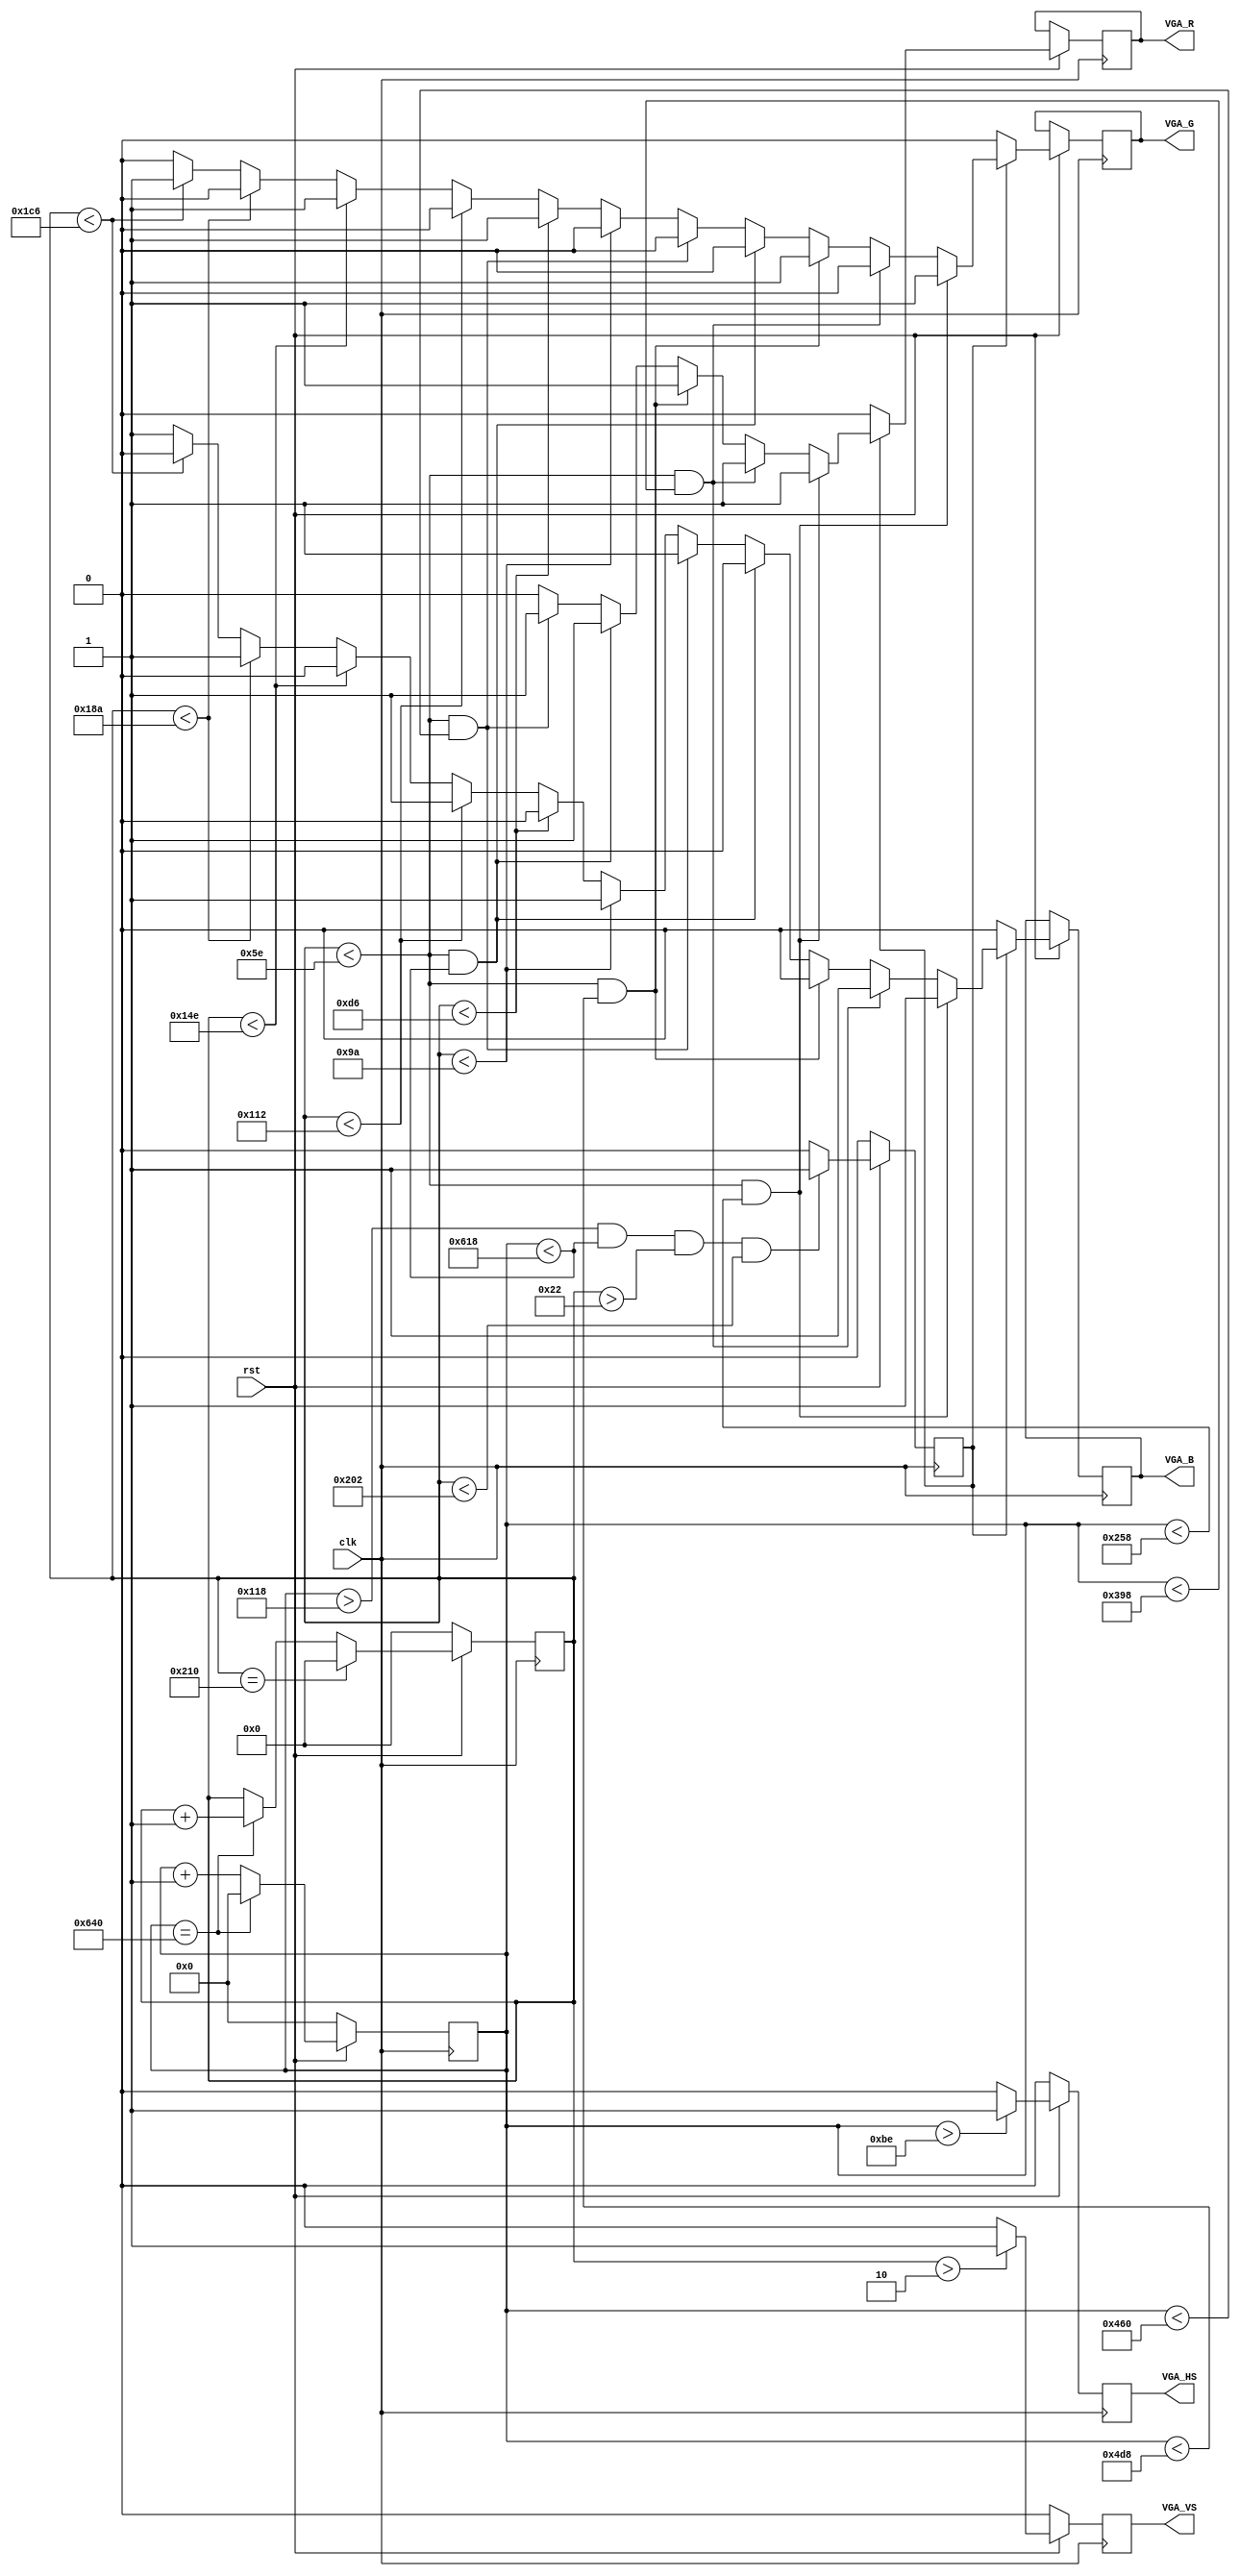
module vga(clk, rst, VGA_HS, VGA_VS ,VGA_R, VGA_G, VGA_B);

input clk, rst;		//clk 50MHz
output VGA_HS, VGA_VS, VGA_R, VGA_G, VGA_B;

reg VGA_HS, VGA_VS, VGA_R, VGA_G, VGA_B;

reg[10:0] counterHS;
reg[9:0] counterVS;
reg valid;

always@(posedge clk)
begin
	if(!rst) 
		counterHS <= 0;
	else if(counterHS == 11'd1600) 
		counterHS <= 0;
	else 
		counterHS <= counterHS + 1'b1;
end

always@(posedge clk)
begin
	if(!rst) 
		counterVS <= 0;
	else if(counterVS == 10'd528) 
		counterVS <= 0;
	else if(counterHS == 11'd1600) 
		counterVS <= counterVS + 1'b1;
end

always@(posedge clk)
begin
	if (!rst) 
	begin
		VGA_HS <= 0;
      VGA_VS <= 0;
		valid <= 0;
   end
	else 
	begin
		VGA_HS <= (counterHS > 11'd190) ? 1'b1 : 1'b0;
		VGA_VS <= (counterVS > 10'd2) ? 1'b1 : 1'b0;
		valid <= ((counterHS > 11'd280) && (counterHS < 11'd1560) && (counterVS > 10'd34) && (counterVS < 10'd514)) ? 1'b1 : 1'b0;
		
		if(valid)
		begin
			if(counterVS < 10'd94 && counterHS < 11'd600)   //white
			begin
				VGA_R <= 1;
				VGA_G <= 1;
				VGA_B <= 1;
			end
			
			else if(counterVS < 10'd94 && counterHS < 11'd920)   //pink
			begin
				VGA_R <= 1;
				VGA_G <= 0;
				VGA_B <= 1;
			end
			
			else if(counterVS < 10'd94 && counterHS < 11'd1240)   //yellow
			begin
				VGA_R <= 1;
				VGA_G <= 1;
				VGA_B <= 0;
			end
			
			else if(counterVS < 10'd94 && counterHS < 11'd1560)   //red
			begin
				VGA_R <= 1;
				VGA_G <= 0;
				VGA_B <= 0;
			end
			
			else if(counterVS < 10'd94 && counterHS < 11'd1120)   //green
			begin
				VGA_R <= 1;
				VGA_G <= 0;
				VGA_B <= 1;
			end
			
			else if(counterVS < 10'd154)  //blue
			begin
				VGA_R <= 0;
				VGA_G <= 0;
				VGA_B <= 1;
			end
			else if(counterVS < 10'd214)  //green
			begin
				VGA_R <= 0;
				VGA_G <= 1;
				VGA_B <= 0;
			end
			else if(counterVS < 10'd274) //blue
			begin
				VGA_R <= 0;
				VGA_G <= 0;/**/
				VGA_B <= 1;
			end
			else if(counterVS < 10'd334) //green
			begin
				VGA_R <= 0;
				VGA_G <= 1;
				VGA_B <= 0;
			end
			else if(counterVS < 10'd394) //blue
			begin
				VGA_R <= 0;
				VGA_G <= 0;
				VGA_B <= 1;
			end
			else if(counterVS < 11'd454)  //green
			begin
				VGA_R <= 0;
				VGA_G <= 1;
				VGA_B <= 0;
			end
			else
			begin
				VGA_R <= 0;   //blue
				VGA_G <= 0;
				VGA_B <= 1;
			end
		end
		else
		begin
			VGA_R <= 0;
			VGA_G <= 0;
			VGA_B <= 0;
		end
   end
end

endmodule